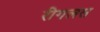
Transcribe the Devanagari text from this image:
रीगलस